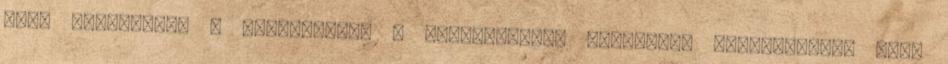
kell készíteni. A nyomótárcsa a lendkerékhez hasonlóan öntöttvasból vagy